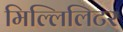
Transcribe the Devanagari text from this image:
मिल्लिलिटर